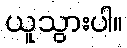
ယူသွားပါ။